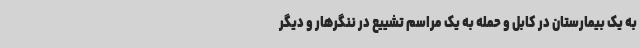
به یک بیمارستان در کابل و حمله به یک مراسم تشییع در ننگرهار و دیگر